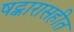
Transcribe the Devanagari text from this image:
षट्कारासहीत